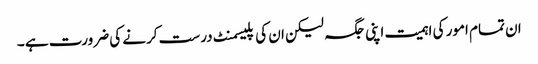
ان تمام امور کی اہمیت اپنی جگہ لیکن ان کی پلیسمنٹ درست کرنے کی ضرورت ہے ۔